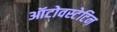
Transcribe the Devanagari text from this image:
ऑटोवस्टेटिन